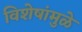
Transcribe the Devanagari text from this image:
विशेषांमुळे